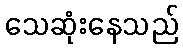
သေဆုံးနေသည်